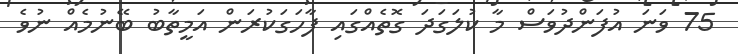
75 ވަނަ އުފަންދުވަސް މާ ކުލަގަދަ ގޮތެއްގައި ފާހަގަކުރަން އަމީތާބު ބޭނުމެއް ނުވެ